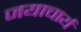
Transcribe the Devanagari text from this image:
जयाचार्य